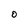
Character: 0